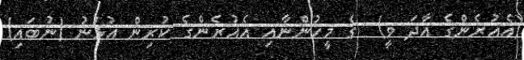
(އެއުރެންގެ އާދަ ވީ)  ގެ މީހުންނާއި އެއުރެންގެ ކުރިން އުޅުނު (ނުބައި)